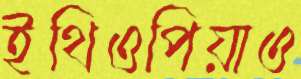
ইথিওপিয়াও